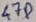
Text: 47P